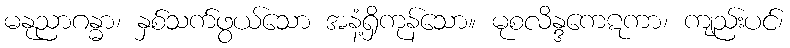
မနုညာဂန္ဓာ၊ နှစ်သက်ဖွယ်သော အနံ့ရှိကုန်သော။ မုစလိန္ဒကေဋကာ၊ ကျည်းပင်၊